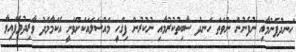
ހަނދުފެނުމާއި ނުފެނުން ނުވަތަ ހަނދު ސާބިތުކުރުމާއި ނުކުރުން ފިޤްހީ މައްސަލައަކަށްވަނީ އެކަމާމެދު ވާރިދުވެފައިވާ